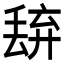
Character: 𬻭